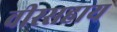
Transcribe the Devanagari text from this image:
वीरसहाय